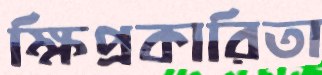
ক্ষিপ্রকারিতা